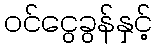
ဝင်ငွေခွန်နှင့်